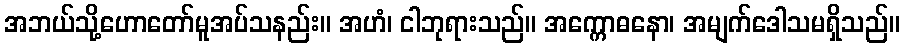
အဘယ်သို့ဟောတော်မူအပ်သနည်း။ အဟံ၊ ငါဘုရားသည်။ အက္ကောဓနော၊ အမျက်ဒေါသမရှိသည်။